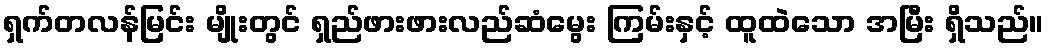
ရှက်တလန်မြင်း မျိုးတွင် ရှည်ဖားဖားလည်ဆံမွေး ကြမ်းနှင့် ထူထဲသော အမြီး ရှိသည်။